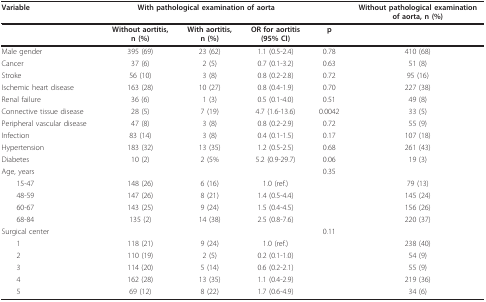
<table><thead><tr><td><b>Variable</b></td><td colspan="3"><b>With pathological examination of aorta</b></td><td></td><td><b>Without pathological examination of aorta, n (%)</b></td></tr></thead><tbody><tr><td></td><td><b>Without aortitis, n (%)</b></td><td><b>With aortitis, n (%)</b></td><td><b>OR for aortitis (95% CI)</b></td><td><b>p</b></td><td></td></tr><tr><td>Male gender</td><td>395 (69)</td><td>23 (62)</td><td>1.1 (0.5-2.4)</td><td>0.78</td><td>410 (68)</td></tr><tr><td>Cancer</td><td>37 (6)</td><td>2 (5)</td><td>0.7 (0.1-3.2)</td><td>0.63</td><td>51 (8)</td></tr><tr><td>Stroke</td><td>56 (10)</td><td>3 (8)</td><td>0.8 (0.2-2.8)</td><td>0.72</td><td>95 (16)</td></tr><tr><td>Ischemic heart disease</td><td>163 (28)</td><td>10 (27)</td><td>0.8 (0.4-1.9)</td><td>0.70</td><td>227 (38)</td></tr><tr><td>Renal failure</td><td>36 (6)</td><td>1 (3)</td><td>0.5 (0.1-4.0)</td><td>0.51</td><td>49 (8)</td></tr><tr><td>Connective tissue disease</td><td>28 (5)</td><td>7 (19)</td><td>4.7 (1.6-13.6)</td><td>0.0042</td><td>33 (5)</td></tr><tr><td>Peripheral vascular disease</td><td>47 (8)</td><td>3 (8)</td><td>0.8 (0.2-2.9)</td><td>0.72</td><td>55 (9)</td></tr><tr><td>Infection</td><td>83 (14)</td><td>3 (8)</td><td>0.4 (0.1-1.5)</td><td>0.17</td><td>107 (18)</td></tr><tr><td>Hypertension</td><td>183 (32)</td><td>13 (35)</td><td>1.2 (0.5-2.5)</td><td>0.68</td><td>261 (43)</td></tr><tr><td>Diabetes</td><td>10 (2)</td><td>2 (5%</td><td>5.2 (0.9-29.7)</td><td>0.06</td><td>19 (3)</td></tr><tr><td>Age, years</td><td></td><td></td><td></td><td>0.35</td><td></td></tr><tr><td> 15-47</td><td>148 (26)</td><td>6 (16)</td><td>1.0 (ref.)</td><td></td><td>79 (13)</td></tr><tr><td> 48-59</td><td>147 (26)</td><td>8 (21)</td><td>1.4 (0.5-4.4)</td><td></td><td>145 (24)</td></tr><tr><td> 60-67</td><td>143 (25)</td><td>9 (24)</td><td>1.5 (0.4-4.5)</td><td></td><td>156 (26)</td></tr><tr><td> 68-84</td><td>135 (2)</td><td>14 (38)</td><td>2.5 (0.8-7.6)</td><td></td><td>220 (37)</td></tr><tr><td>Surgical center</td><td></td><td></td><td></td><td>0.11</td><td></td></tr><tr><td> 1</td><td>118 (21)</td><td>9 (24)</td><td>1.0 (ref.)</td><td></td><td>238 (40)</td></tr><tr><td> 2</td><td>110 (19)</td><td>2 (5)</td><td>0.2 (0.1-1.0)</td><td></td><td>54 (9)</td></tr><tr><td> 3</td><td>114 (20)</td><td>5 (14)</td><td>0.6 (0.2-2.1)</td><td></td><td>55 (9)</td></tr><tr><td> 4</td><td>162 (28)</td><td>13 (35)</td><td>1.1 (0.4-2.9)</td><td></td><td>219 (36)</td></tr><tr><td> 5</td><td>69 (12)</td><td>8 (22)</td><td>1.7 (0.6-4.9)</td><td></td><td>34 (6)</td></tr></tbody></table>